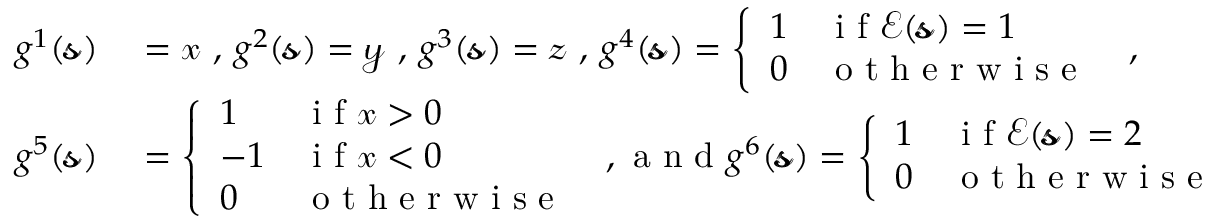
\begin{array} { r l } { g ^ { 1 } ( \pmb { \mathscr { s } } ) } & { { } = \mathscr { x } \mathrm { ~ , ~ } g ^ { 2 } ( \pmb { \mathscr { s } } ) = \mathscr { y } \mathrm { ~ , ~ } g ^ { 3 } ( \pmb { \mathscr { s } } ) = \mathscr { z } \mathrm { ~ , ~ } g ^ { 4 } ( \pmb { \mathscr { s } } ) = \left\{ \begin{array} { l l } { 1 } & { \mathrm { ~ i ~ f ~ } \mathcal { E } ( \pmb { \mathscr { s } } ) = 1 } \\ { 0 } & { \mathrm { ~ o ~ t ~ h ~ e ~ r ~ w ~ i ~ s ~ e ~ } } \end{array} \right. \mathrm { ~ , ~ } } \\ { g ^ { 5 } ( \pmb { \mathscr { s } } ) } & { { } = \left\{ \begin{array} { l l } { 1 } & { \mathrm { ~ i ~ f ~ } \mathscr { x } > 0 } \\ { - 1 } & { \mathrm { ~ i ~ f ~ } \mathscr { x } < 0 } \\ { 0 } & { \mathrm { ~ o ~ t ~ h ~ e ~ r ~ w ~ i ~ s ~ e ~ } } \end{array} \right. \mathrm { ~ , ~ a ~ n ~ d ~ } g ^ { 6 } ( \pmb { \mathscr { s } } ) = \left\{ \begin{array} { l l } { 1 } & { \mathrm { ~ i ~ f ~ } \mathcal { E } ( \pmb { \mathscr { s } } ) = 2 } \\ { 0 } & { \mathrm { ~ o ~ t ~ h ~ e ~ r ~ w ~ i ~ s ~ e ~ } } \end{array} \right. } \end{array}